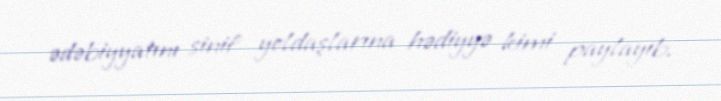
ədəbiyyatını sinif yoldaşlarına hədiyyə kimi paylayıb.